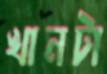
খানটা